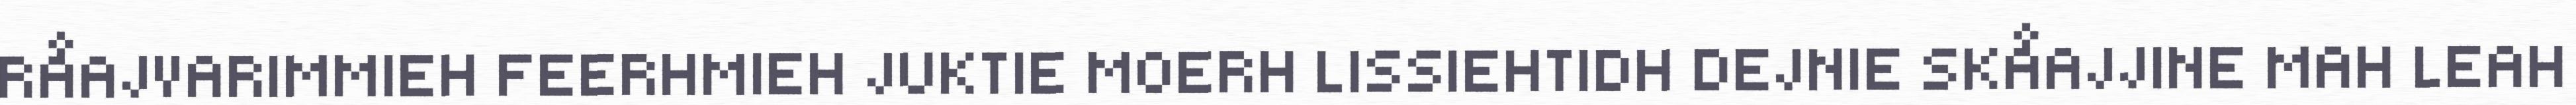
RÅAJVARIMMIEH FEERHMIEH JUKTIE MOERH LISSIEHTIDH DEJNIE SKÅAJJINE MAH LEAH